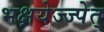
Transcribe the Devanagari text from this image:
भक्षयेज्ज्पेत्